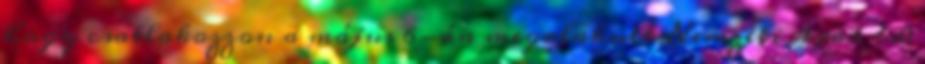
hogy csatlakozzon a május 6-án megalakult Nemzeti Ipar 4.0